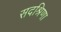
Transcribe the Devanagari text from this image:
सदश्रिणा